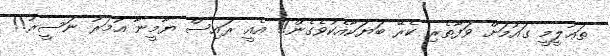
ތަޢުލީމީ ގައުމަށް ވަފާތެރި ކެރޭ ބަޔަކާއެކުވެގެން!! އެއީ ރައިސް ޔާމީނާ އުމަރު ނަސީރު!!